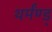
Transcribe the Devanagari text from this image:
थर्मंण्ड्